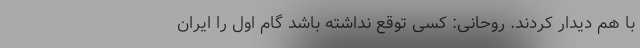
با هم دیدار کردند. روحانی: کسی توقع نداشته باشد گام اول را ایران